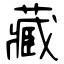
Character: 藏